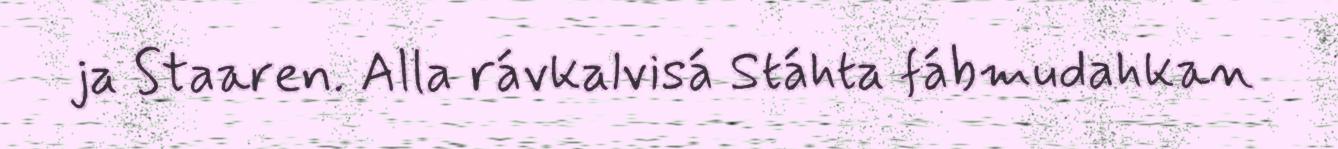
ja Staaren. Alla rávkalvisá Stáhta fábmudahkan